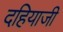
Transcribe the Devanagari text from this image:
दहियाजी